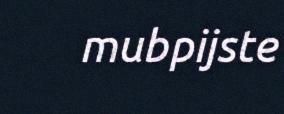
mubpijste